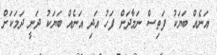
އަނެއް ބަޔަކު ފަތިސް ނަމާދަށް ފަހު އަދި އަނެއް ބަޔަކު ދަނީ ދަމަކަށް